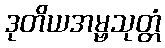
ဒုတိယအမ္ဗသုတ္တံ